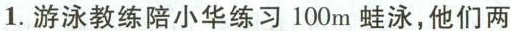
1.游泳教练陪小华练习100m蛙泳，他们两